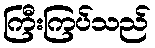
ကြီးကြပ်သည်